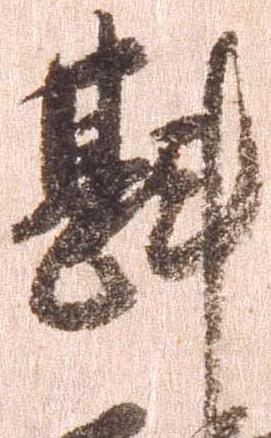
斟